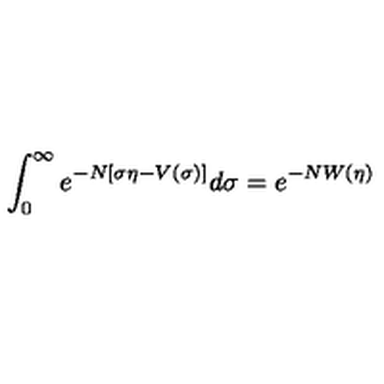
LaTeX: \int _ { 0 } ^ { \infty } e ^ { - N [ \sigma \eta - V ( \sigma ) ] } d \sigma = e ^ { - N W ( \eta ) }